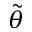
\tilde { \theta }